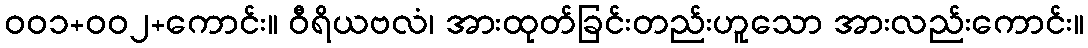
ဝဝ၁+ဝဝ၂+ကောင်း။ ဝီရိယဗလံ၊ အားထုတ်ခြင်းတည်းဟူသော အားလည်းကောင်း။